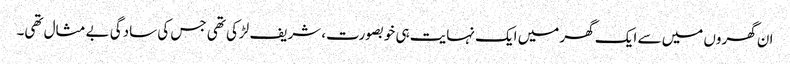
ان گھروں میں سے ایک گھر میں ایک نہایت ہی خوبصورت، شریف لڑکی تھی جس کی سادگی بے مثال تھی۔